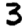
Digit: 3